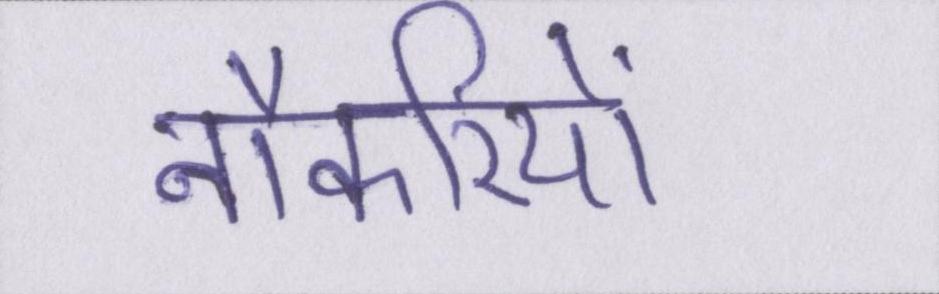
नौकरियों